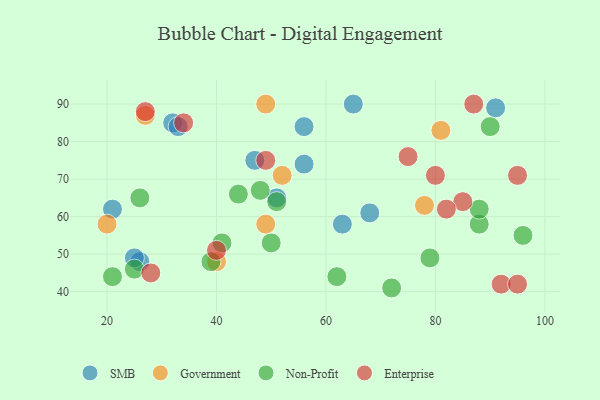
{"axis": {"x": "GDP", "y": "Life Expectancy"}, "legend": ["Enterprise", "Government", "Non-Profit", "SMB"], "data": [{"x": "26", "y": 48, "type": "SMB"}, {"x": "32", "y": 85, "type": "SMB"}, {"x": "63", "y": 58, "type": "SMB"}, {"x": "68", "y": 61, "type": "SMB"}, {"x": "51", "y": 65, "type": "SMB"}, {"x": "91", "y": 89, "type": "SMB"}, {"x": "47", "y": 75, "type": "SMB"}, {"x": "21", "y": 62, "type": "SMB"}, {"x": "56", "y": 74, "type": "SMB"}, {"x": "25", "y": 49, "type": "SMB"}, {"x": "56", "y": 84, "type": "SMB"}, {"x": "65", "y": 90, "type": "SMB"}, {"x": "33", "y": 84, "type": "SMB"}, {"x": "49", "y": 58, "type": "Government"}, {"x": "49", "y": 90, "type": "Government"}, {"x": "40", "y": 48, "type": "Government"}, {"x": "52", "y": 71, "type": "Government"}, {"x": "27", "y": 87, "type": "Government"}, {"x": "20", "y": 58, "type": "Government"}, {"x": "78", "y": 63, "type": "Government"}, {"x": "81", "y": 83, "type": "Government"}, {"x": "50", "y": 53, "type": "Non-Profit"}, {"x": "88", "y": 58, "type": "Non-Profit"}, {"x": "26", "y": 65, "type": "Non-Profit"}, {"x": "44", "y": 66, "type": "Non-Profit"}, {"x": "48", "y": 67, "type": "Non-Profit"}, {"x": "96", "y": 55, "type": "Non-Profit"}, {"x": "62", "y": 44, "type": "Non-Profit"}, {"x": "41", "y": 53, "type": "Non-Profit"}, {"x": "72", "y": 41, "type": "Non-Profit"}, {"x": "25", "y": 46, "type": "Non-Profit"}, {"x": "90", "y": 84, "type": "Non-Profit"}, {"x": "21", "y": 44, "type": "Non-Profit"}, {"x": "39", "y": 48, "type": "Non-Profit"}, {"x": "51", "y": 64, "type": "Non-Profit"}, {"x": "79", "y": 49, "type": "Non-Profit"}, {"x": "88", "y": 62, "type": "Non-Profit"}, {"x": "85", "y": 64, "type": "Enterprise"}, {"x": "95", "y": 71, "type": "Enterprise"}, {"x": "82", "y": 62, "type": "Enterprise"}, {"x": "75", "y": 76, "type": "Enterprise"}, {"x": "92", "y": 42, "type": "Enterprise"}, {"x": "95", "y": 42, "type": "Enterprise"}, {"x": "49", "y": 75, "type": "Enterprise"}, {"x": "87", "y": 90, "type": "Enterprise"}, {"x": "27", "y": 88, "type": "Enterprise"}, {"x": "80", "y": 71, "type": "Enterprise"}, {"x": "40", "y": 51, "type": "Enterprise"}, {"x": "34", "y": 85, "type": "Enterprise"}, {"x": "28", "y": 45, "type": "Enterprise"}]}